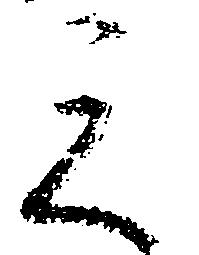
之